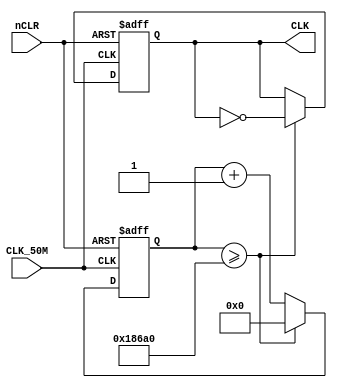
/**
 * Content: 50MHz Devider to get 50Hz
 */


module Devider50H(CLK_50M, nCLR, CLK);
    input CLK_50M;
    input nCLR;
    output reg CLK;
    reg [31:0] counter = 0;
    parameter  CLK_Freq = 50000000;
    parameter  Ouput_Freq = 50;

    always @ (posedge CLK_50M or negedge nCLR) begin
        if (!nCLR) begin
            CLK <= 0;
            counter <= 0;
        end
        else if (counter >= 100000) begin
            CLK <= ~CLK;
            counter <= 0;
        end
        else begin
            counter <= counter + 1'b1;
        end

    end
endmodule //Devider50H